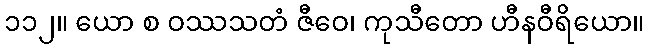
၁၁၂။ ယော စ ဝဿသတံ ဇီဝေ၊ ကုသီတော ဟီနဝီရိယော။